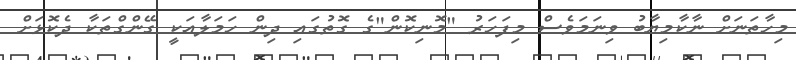
މިހާތަނަށް ނާކާމިޔާބު ވިނަމަވެސް މިފަަހަރު "މޮނިކޮން"ގެ ގޮތުގައި ދިން ހަމަލާއަކީ ގޭންގްތަކާ ދެކޮޅަށް